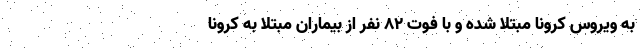
به ویروس کرونا مبتلا شده و با فوت ۸۲ نفر از بیماران مبتلا به کرونا